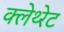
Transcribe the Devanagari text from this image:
क्लेथ्‍रेट